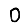
Digit: 0